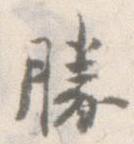
勝